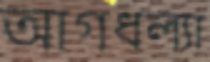
আগধল্যা